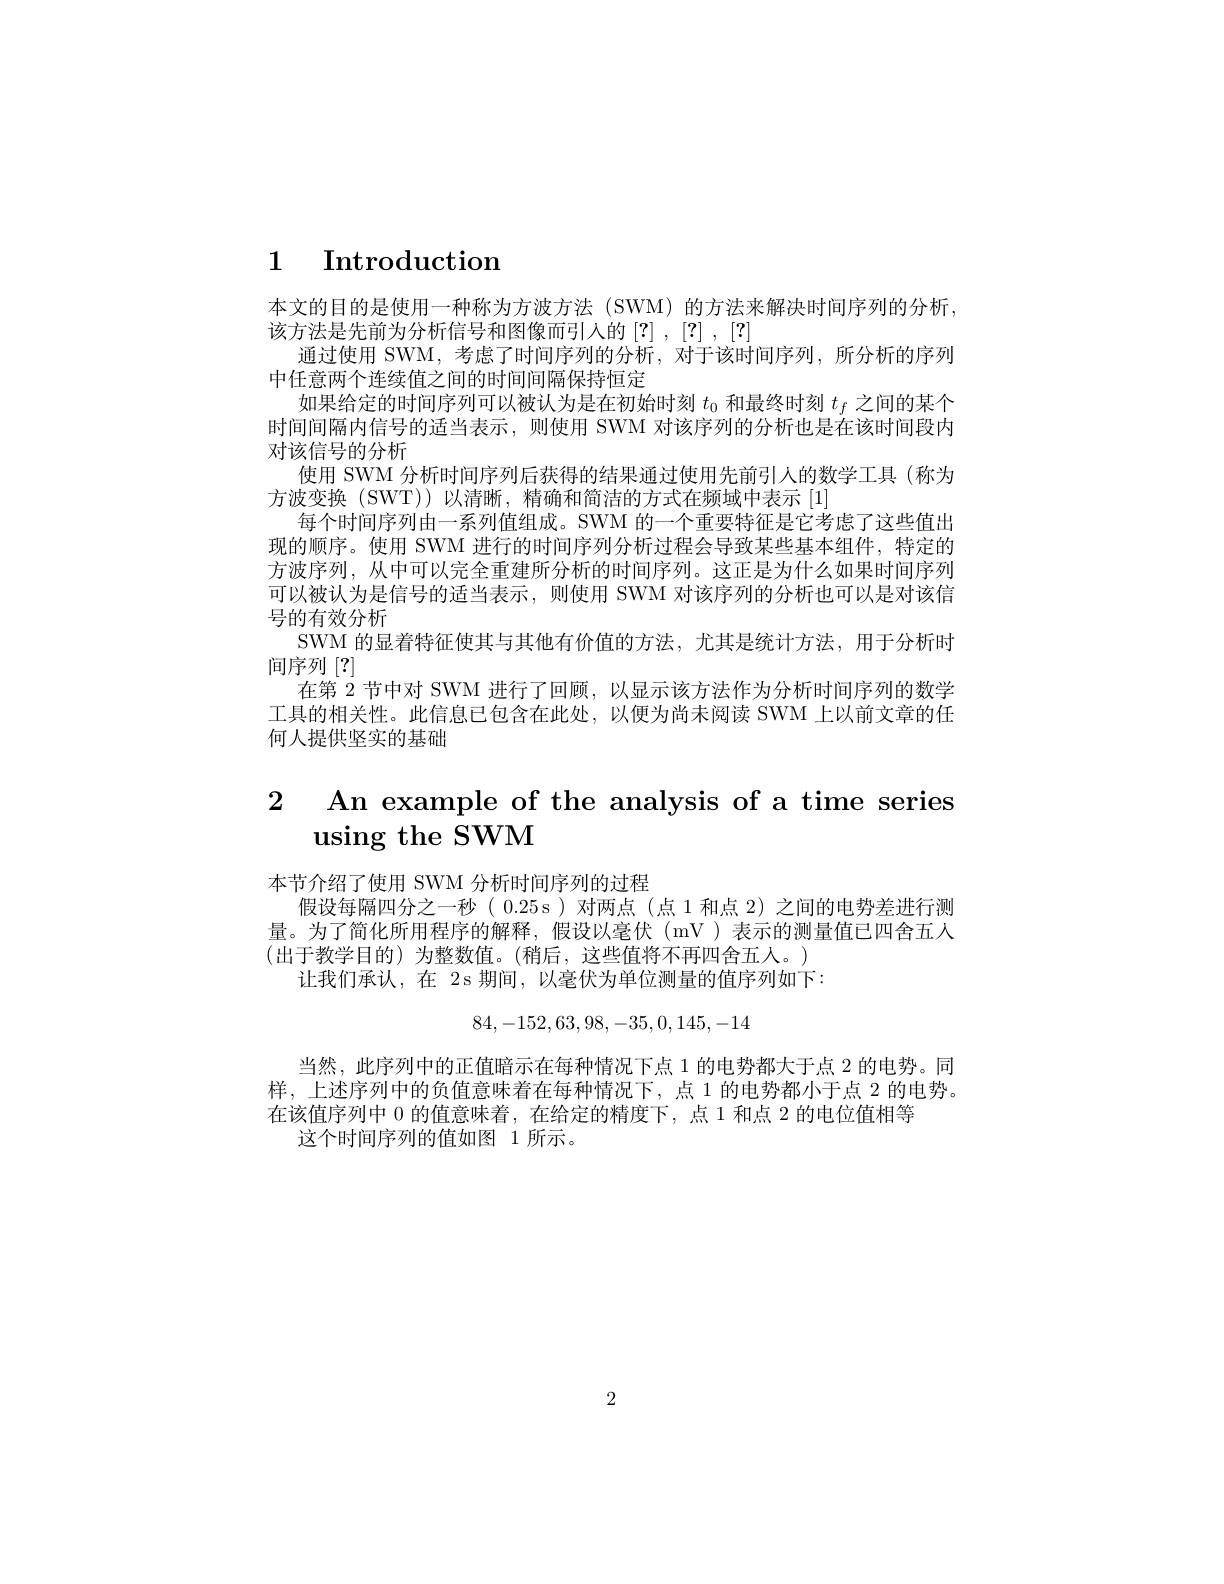
# 1 Introduction

本文的目的是使用一种称为方波方法(SWM)的方法来解决时间序列的分析，
该方法是先前为分析信号和图像而引入的[?],[?]
通过使用 SWM, 考虑了时间序列的分析，对于该时间序列，所分析的序列
中任意两个连续值之间的时间间隔保持恒定
如果给定的时间序列可以被认为是在初始时刻$t_{0}$和最终时刻$t_f$之间的某个时间间隔内信号的适当表示，则使用 SWM 对该序列的分析也是在该时间段内对该信号的分析
使用 SWM 分析时间序列后获得的结果通过使用先前引人的数学工具(称为
方波变换(SWT))以清晰，精确和简洁的方式在频域中表示[1]
每个时间序列由一系列值组成。SWM 的一个重要特征是它考虑了这些值出现的顺序。使用 SWM 进行的时间序列分析过程会导致某些基本组件，特定的方波序列，从中可以完全重建所分析的时间序列。这正是为什么如果时间序列可以被认为是信号的适当表示，则使用 SWM 对该序列的分析也可以是对该信号的有效分析
SWM 的显着特征使其与其他有价值的方法，尤其是统计方法，用于分析时
间序列[?]
在第 2 节中对 SWM 进行了回顾，以显示该方法作为分析时间序列的数学工具的相关性。此信息已包含在此处，以便为尚未阅读 SWM 上以前文章的任何人提供坚实的基础

# 2 An example of the analysis of a time series $\textbf{using the SWM}$

本节介绍了使用 SWM 分析时间序列的过程
假设每隔四分之一秒(0.25s)对两点(点1和点 2)之间的电势差进行测量。为了简化所用程序的解释，假设以毫伏(mV)表示的测量值已四舍五人(出于教学目的)为整数值。(稍后，这些值将不再四舍五人。)
让我们承认，在 2s期间，以毫伏为单位测量的值序列如下：
$$\begin{matrix}84,-152,63,98,-35,0,145,-14\end{matrix}$$
当然，此序列中的正值暗示在每种情况下点 1 的电势都大于点 2 的电势。同样，上述序列中的负值意味着在每种情况下，点 1 的电势都小于点 2 的电势。在该值序列中0的值意味着，在给定的精度下，点 1 和点 2 的电位值相等
这个时间序列的值如图 1 所示。

2